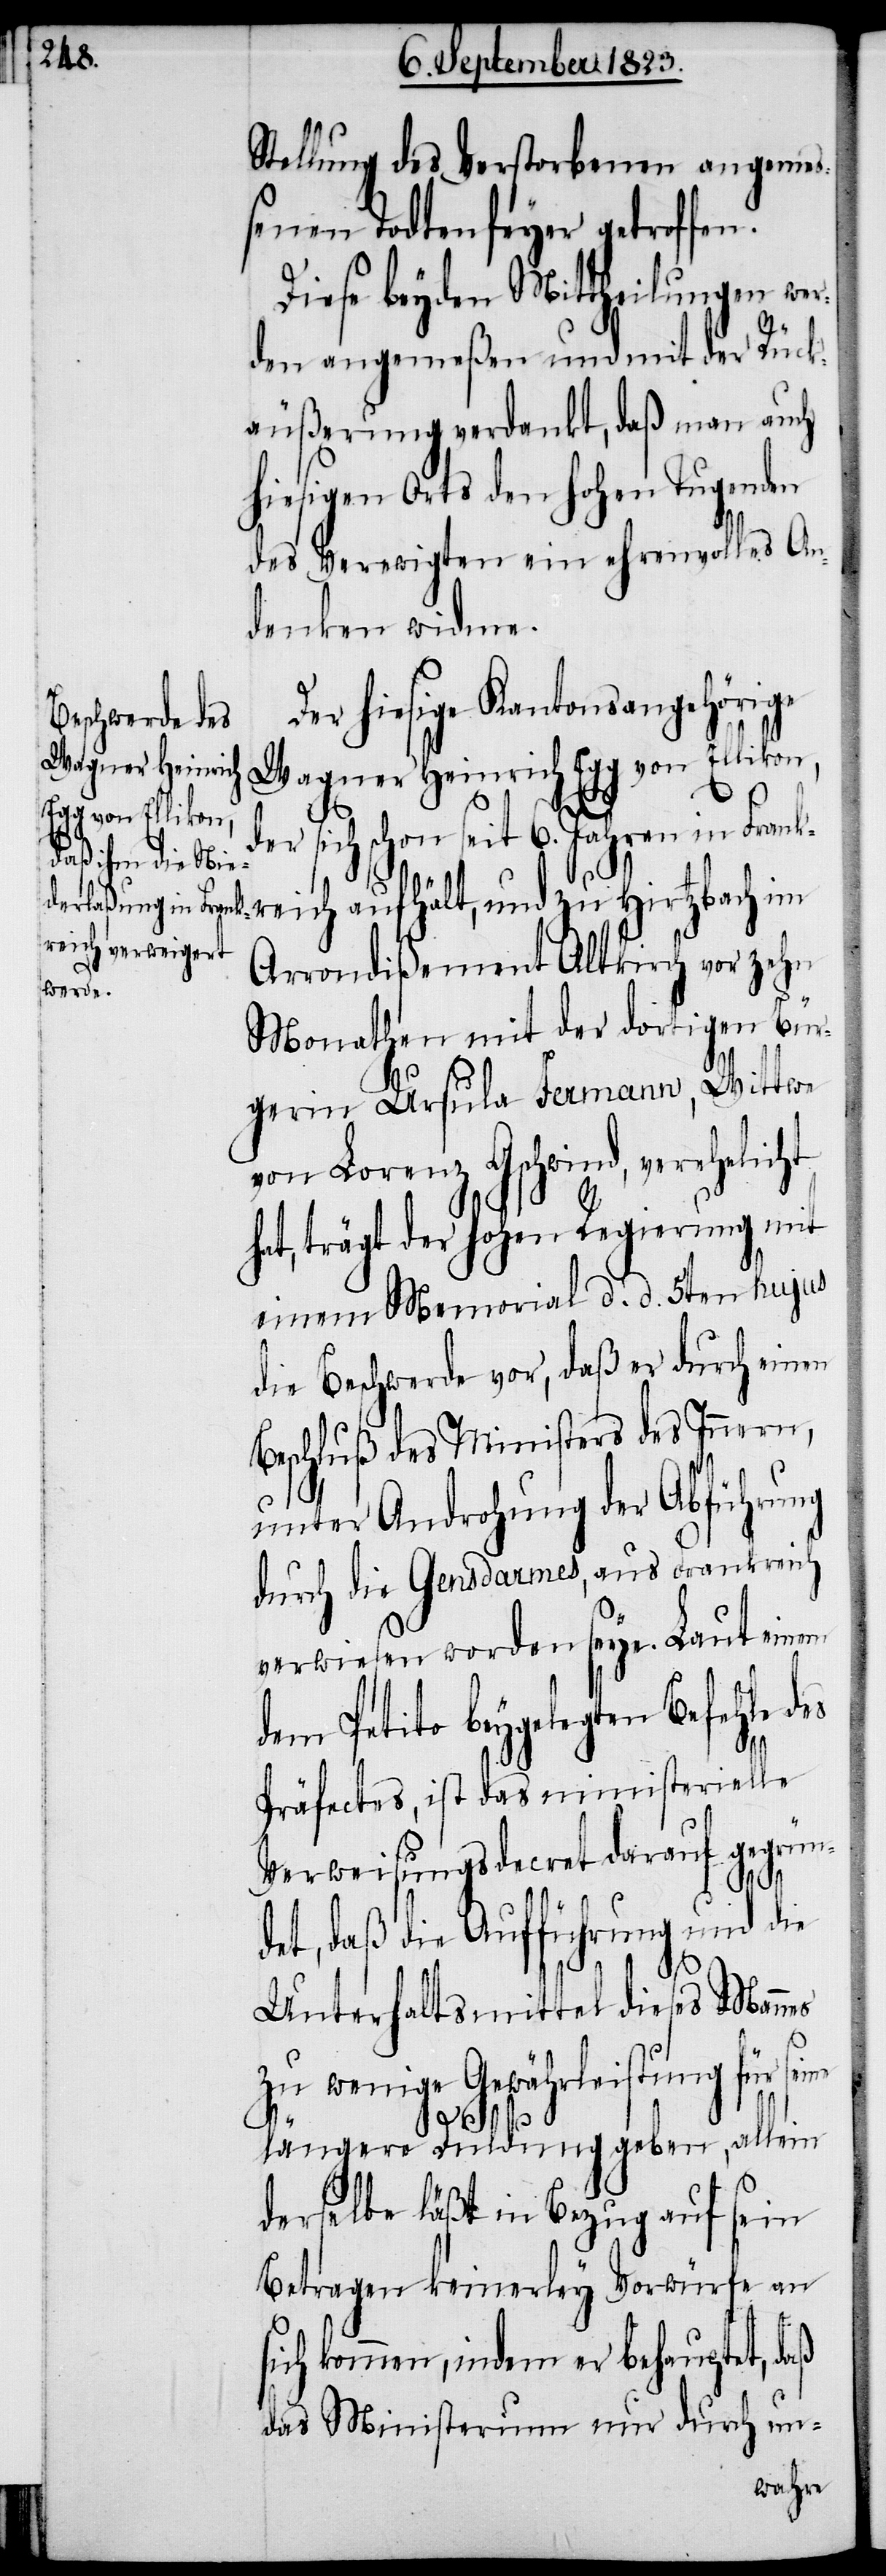
Stellung des Verstorbenen angeme¬
ßenen Todtenfeyer getroffen.
Diese beyden Mittheilungen wer¬
den angemeßen und mit der Rück¬
äußerung verdankt, daß man auch
hiesigen Orts den hohen Tugenden
des Verewigten ein ehrenvolles An¬
denken widme.
Der hiesige Kantonsangehörige
Wagner Heinrich
Egg von Ellikon,
r sich schon seit 6. Jahren in
Frankreich aufhält, und zu Hirtzbach im
Arrondißement Altkirch vor zehn
Monathen mit der dortigen Bür¬
gerin Ursula Fermann, Wittwe
von Lorenz Gschwind, verehelicht
des
at, trägt der hohen Regierung mit
einem Memorial d. d. 5ten hujus
die Beschwerde vor, daß er durch einen
Beschluß des Ministers des Innern,
unter Androhung der Abführung
durch die Gensdarmes, aus Frankreich
verwiesen worden seye. Laut einem
dem Petito beygelegten Befehle
Präfectes, ist das ministerielle
Verweisungsdecret darauf gegründ¬
et, daß die Aufführung und die
Unterhaltsmittel dieses Mannes
zu wenige Gewährleistung für seine
längere Duldung geben, allein
derselbe läßt in Bezug auf sein
Betragen keinerley Vorwürfe an
sich kommen, indem er behauptet, daß
das Ministerium nur durch un-